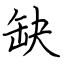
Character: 缺